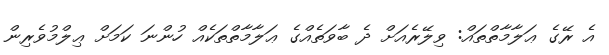
އެ ރޭގެ ޢަލާމާތްތައް: ވިލޭރެއަށް ދެ ބާވަތެއްގެ ޢަލާމާތްތަކެއް ހުންނަ ކަމަށް ޢިލްމުވެރިން